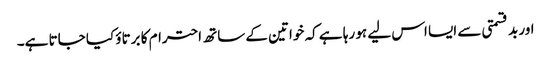
اور بد قسمتی سے ایسا اس لیے ہو رہا ہے کہ خواتین کے ساتھ احترام کا برتاؤ کیا جاتا ہے۔